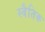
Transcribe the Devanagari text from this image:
स्वैतिक